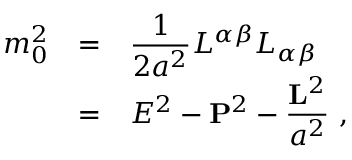
\begin{array} { r c l } { { m _ { 0 } ^ { 2 } } } & { { = } } & { { \displaystyle \frac { 1 } { 2 a ^ { 2 } } L ^ { \alpha \beta } L _ { \alpha \beta } } } \\ { { } } & { { = } } & { { E ^ { 2 } - { \bf P } ^ { 2 } - \displaystyle \frac { { \bf L } ^ { 2 } } { a ^ { 2 } } ~ , } } \end{array}